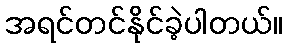
အရင်တင်နိုင်ခဲ့ပါတယ်။